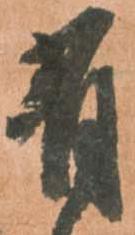
有